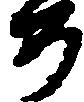
め